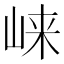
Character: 崃